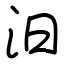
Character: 汨